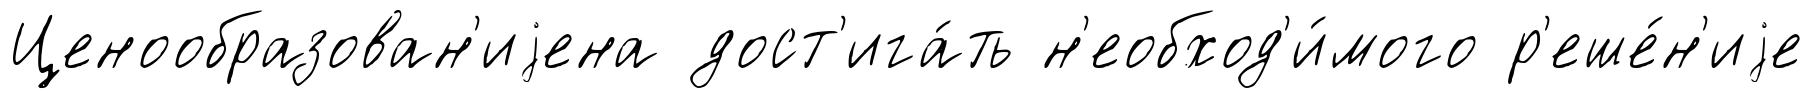
Ценообразован'иjена дост'ига́ть н'еобход'и́мого р'еше́н'иjе